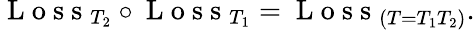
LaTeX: \mathrm{~L~o~s~s~}_{T_{2}}\circ\mathrm{~L~o~s~s~}_{T_{1}}=\mathrm{~L~o~s~s~}_{\left(T=T_{1}T_{2}\right)}.